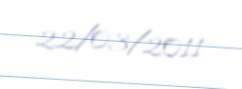
22/03/2011